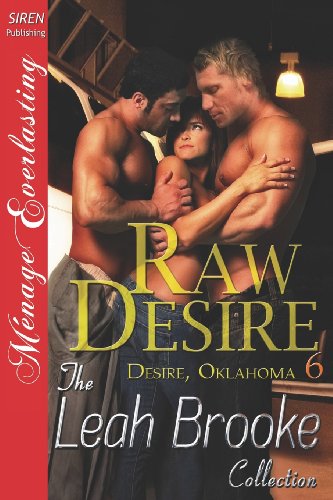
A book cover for Raw Desire [Desire, Oklahoma 6] (Siren Publishing Menage Everlasting); Leah Brooke; Romance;